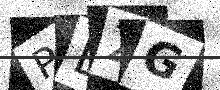
Text: PLZG